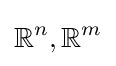
\mathbb {R} ^{n},\mathbb {R} ^{m}